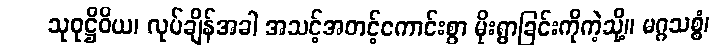
သုဝုဋ္ဌိဝိယ၊ လုပ်ချိန်အခါ အသင့်အတင့်ကောင်းစွာ မိုးရွာခြင်းကိုကဲ့သို့။ မဂ္ဂသစ္စံ၊